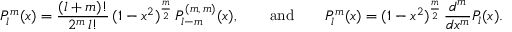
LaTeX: P _ { l } ^ { m } ( x ) = \frac { ( l + m ) ! } { 2 ^ { m } \, l ! } \, ( 1 - x ^ { 2 } ) ^ { \frac m 2 } \, P _ { l - m } ^ { ( m , \, m ) } ( x ) , \qquad \mathrm { a n d } \qquad P _ { l } ^ { m } ( x ) = ( 1 - x ^ { 2 } ) ^ { \frac m 2 } \, \frac { d ^ { m } } { d x ^ { m } } P _ { l } ( x ) .